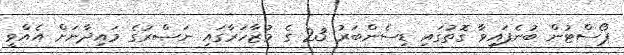
ޕޯސްޓުން ބުނެފައިވާ ގޮތުގައި ޑިސެންބަރު 23 ގެ މުޒާހަރާގައި ނަޞްރުގެ މައިދާނަށް އެއްވީ